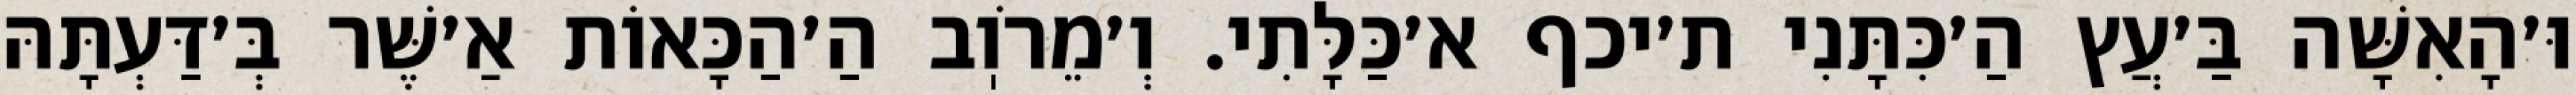
וּ׳הָאִשָּׁה בַּ׳עֲץ הַ׳כִּתָּנִי ת׳יכף א׳כַּלָּתִי. וְ׳מֵרֹוֽב הַ׳הַכָּאוֹת אַ׳שֶּׁר בְּ׳דַּעְתָּהּ